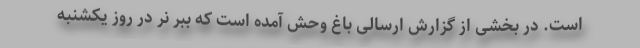
است. در بخشی از گزارش ارسالی باغ وحش آمده است که ببر نر در روز یکشنبه